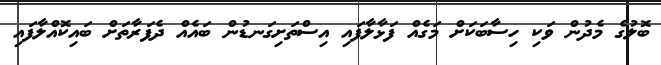
ބޮލުގެ މެދުން ވަކި ހިސާބަކަށް މަގެއް ފަޅާލާފައި އިސްތަށިގަނޑުން ބައެއް ދެފަރާތަށް ބައިކޮއްލާފައި